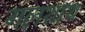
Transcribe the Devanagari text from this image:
गलशाथ